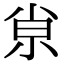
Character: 𡭴